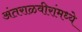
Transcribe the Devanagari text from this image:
अंतराळवीरांमध्ये